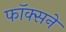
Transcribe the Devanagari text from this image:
फॉक्सने